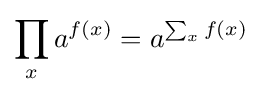
\prod _{x}a^{f(x)}=a^{\sum _{x}f(x)}